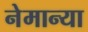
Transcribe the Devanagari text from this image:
नेमान्या